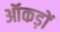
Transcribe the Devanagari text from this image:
ऑकड़ों